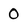
Character: 0